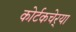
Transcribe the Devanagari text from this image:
कोर्टकचेर्‍या